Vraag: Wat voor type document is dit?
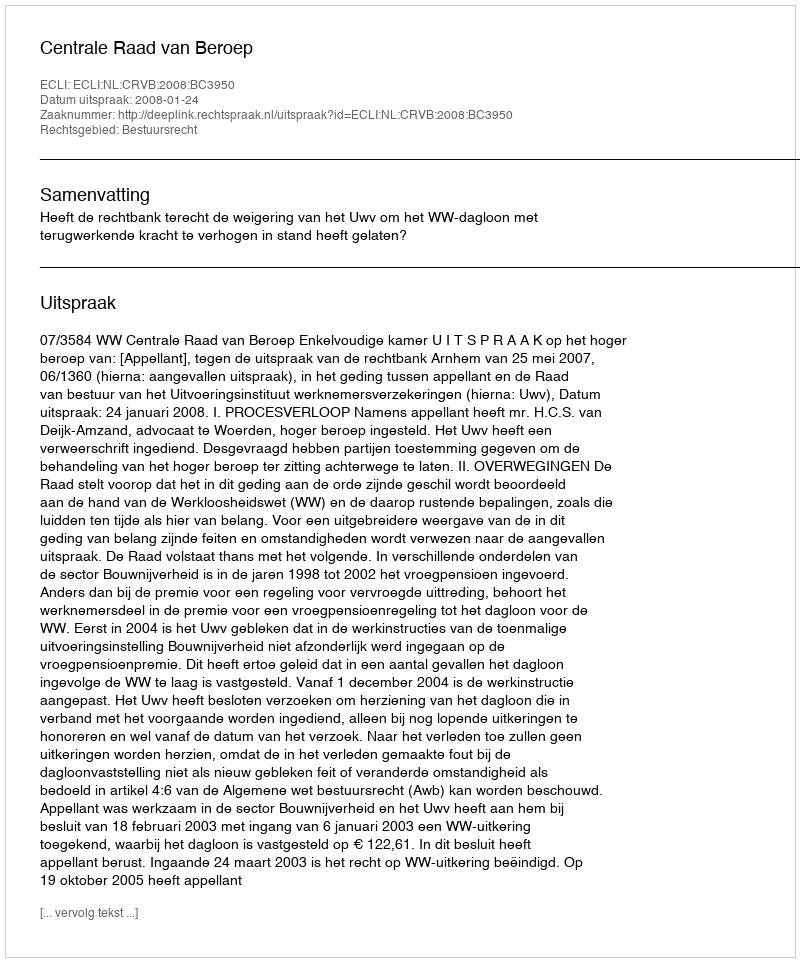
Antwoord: Uitspraak